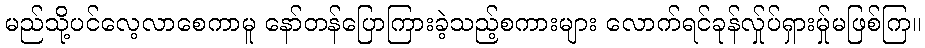
မည်သို့ပင်လေ့လာစေကာမူ နော်တန်ပြောကြားခဲ့သည့်စကားများ လောက်ရင်ခုန်လ်ှုပ်ရှားမ်ှုမဖြစ်ကြ။